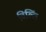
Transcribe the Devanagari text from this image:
विल्लिं